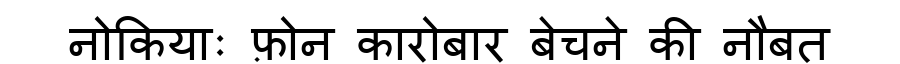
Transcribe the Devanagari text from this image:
नोकियाः फ़ोन कारोबार बेचने की नौबत